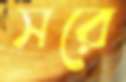
সরে